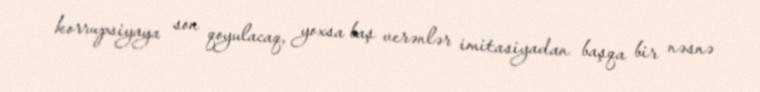
korrupsiyaya son qoyulacaq, yoxsa baş verənlər imitasiyadan başqa bir nəsnə